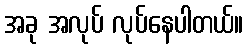
အခု အလုပ် လုပ်နေပါတယ်။